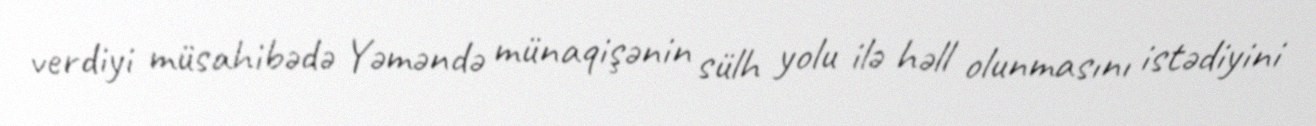
verdiyi müsahibədə Yəməndə münaqişənin sülh yolu ilə həll olunmasını istədiyini